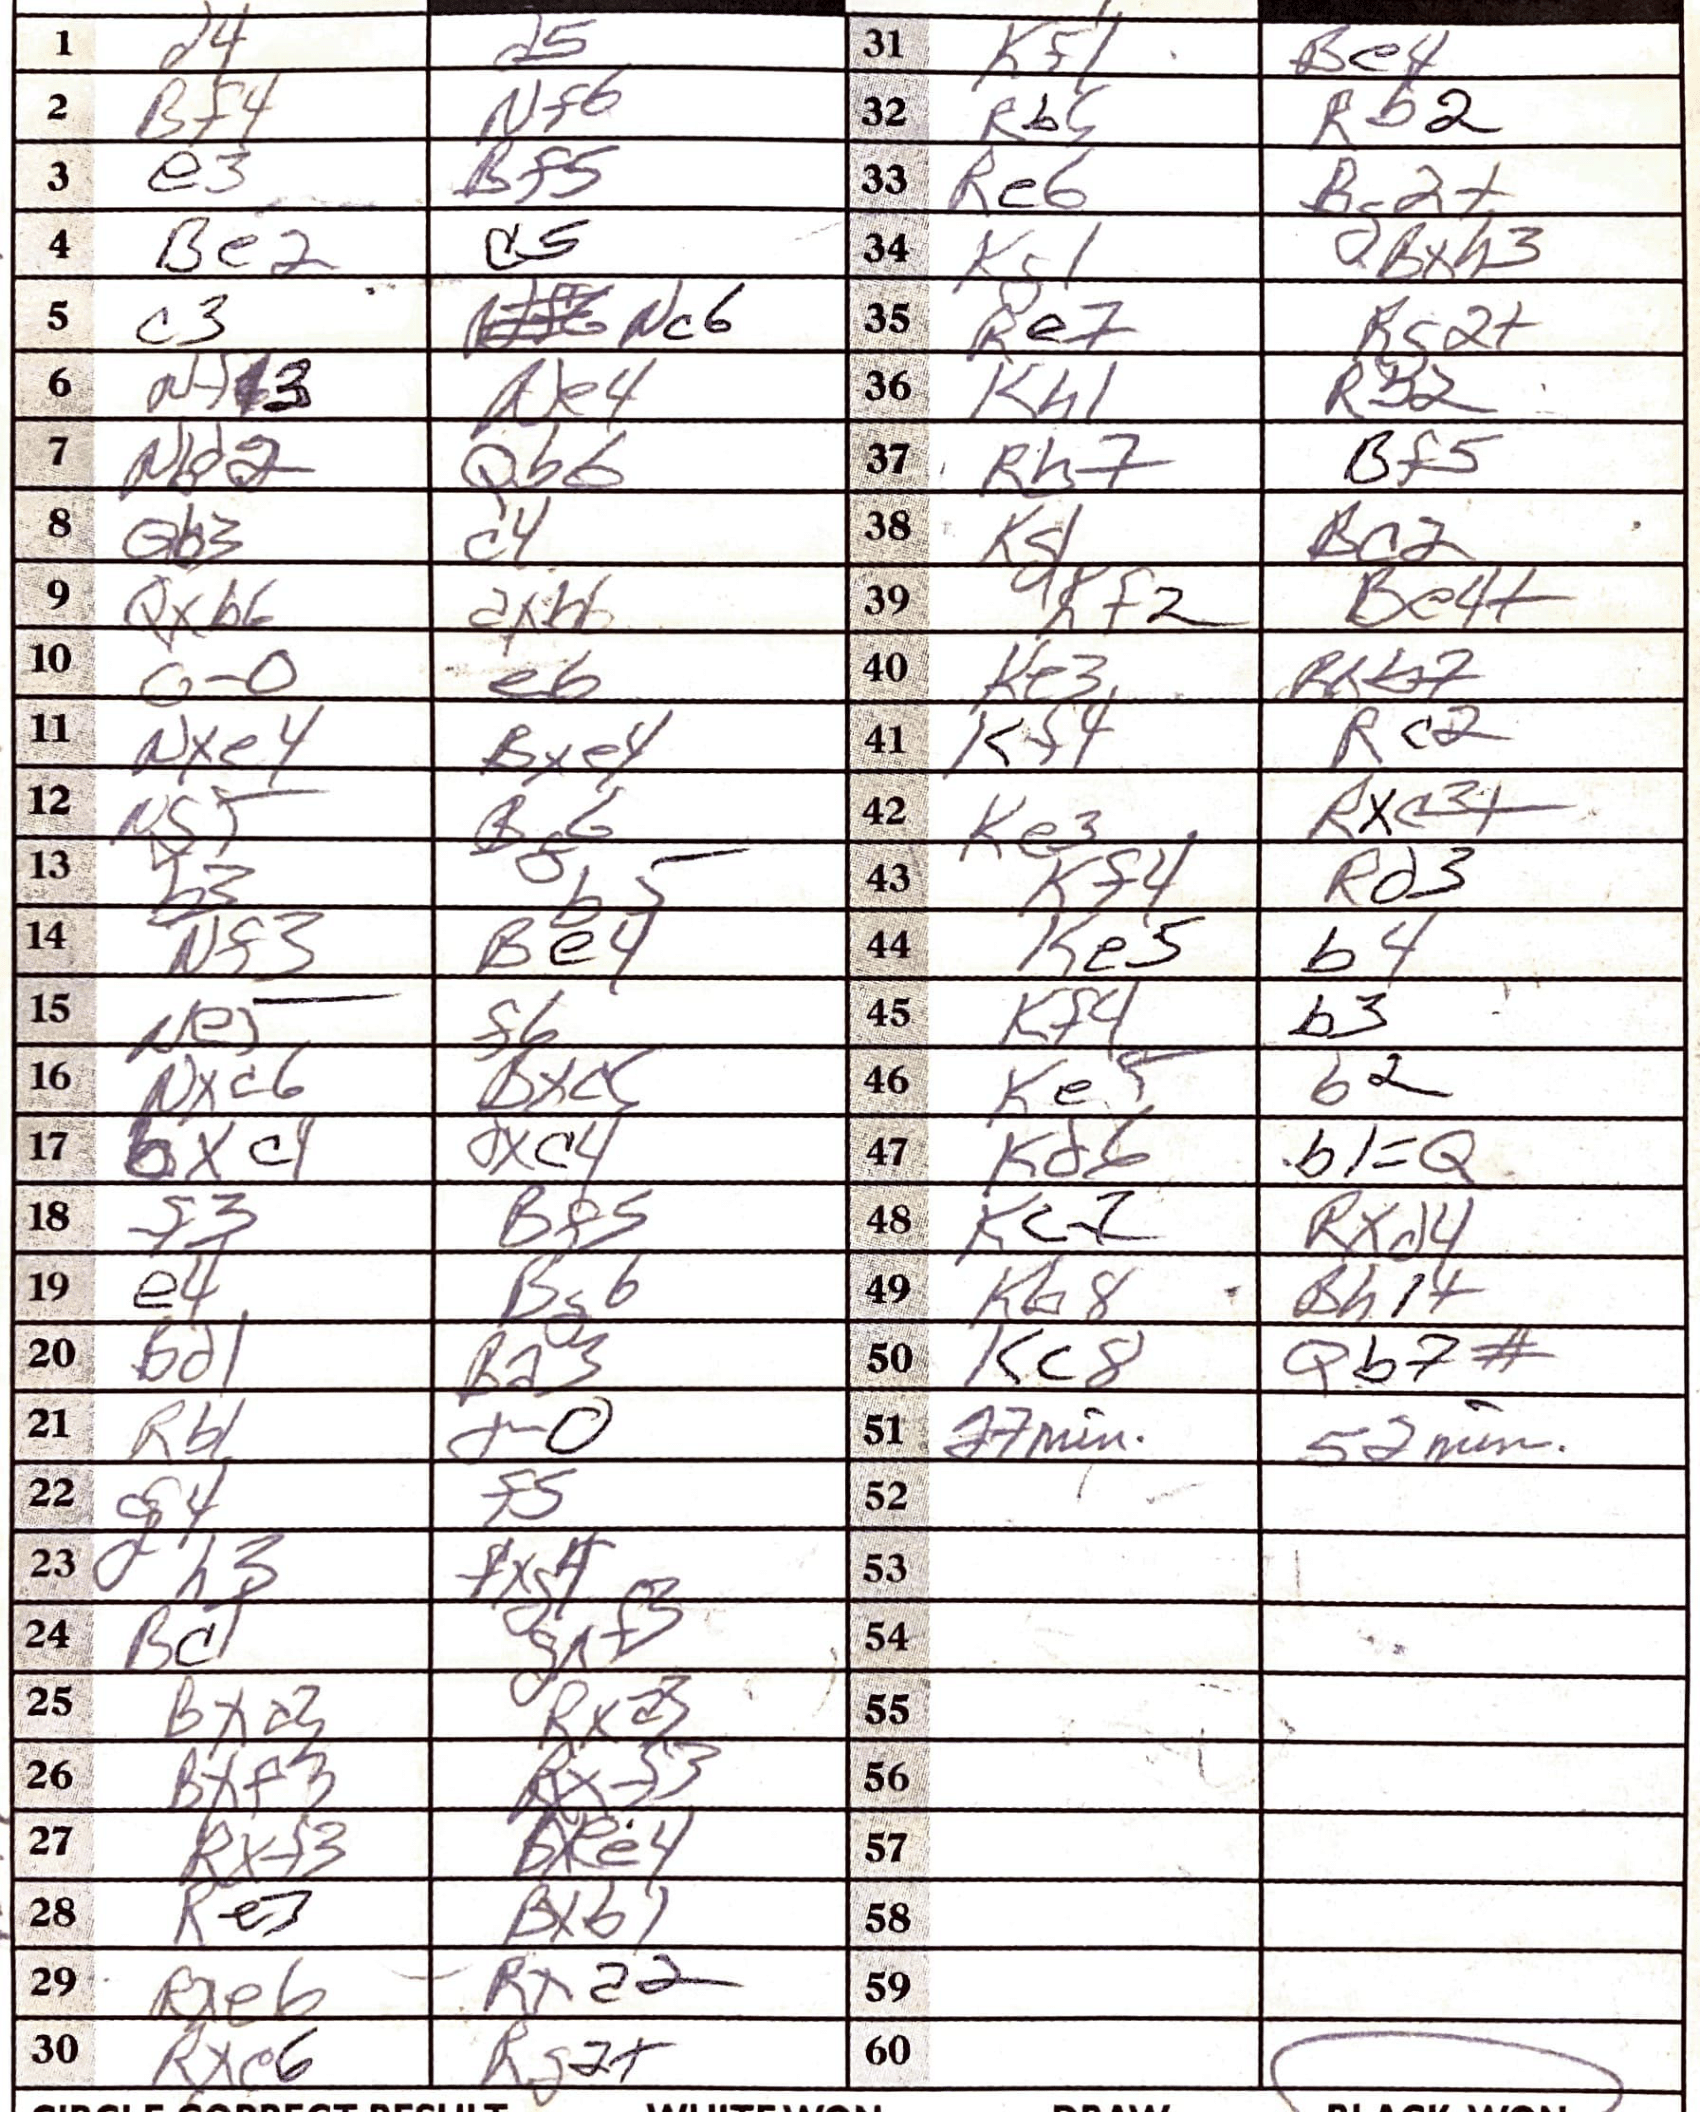
Moves: d4 d5 Bf4 Nf6 e3 Bf5 Be2 d5 c3 Nc6 Ne4 N82 Qb6 Qb3 c4 Qxb6 dxb6 O-O e6 Nxe4 Bxe4 N5+ B6 b3 b5 Nf3 Be4 Ne5 f6 Nxc6 Bxc5 bxc4 dxc4 f3 Bf5 e4 Bg6 Bd1 Ba3 Rb1 O-O d4 f5 fh3 fxg4 Bc1 gxf3 Bxd3 Rxa3 Bxf3 Rxf3 Rxf3 bxee4 Re3 Bxb1 Rxe6 Rxd2 Rxc6 Rd2+ Kf1 Be4 Rb5 Rb2 Re6 Bc2+ Kg1 Bxh3 Re7 Rg2+ Kh1 Rb2 Rh7 Bf5 Kg1 Kc2 Kf2 Be4+ Ke3 Rxb7 Kf4 Rc2 Ke3 Rxc3+ Kf4 Rd3 Ke5 b4 Kf4 b3 Ke5 b2 Kd6 b1=Q Kc7 Rxd4 Kb8 Bh1+ Kc8 Qb7#